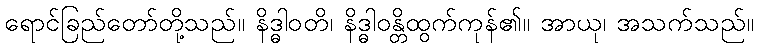
ရောင်ခြည်တော်တို့သည်။ နိဒ္ဓါဝတိ၊ နိဒ္ဓါဝန္တိထွက်ကုန်၏။ အာယု၊ အသက်သည်။